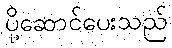
ပို့ဆောင်ပေးသည်